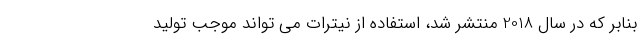
بنابر که در سال 2018 منتشر شد، استفاده از نیترات می تواند موجب تولید